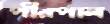
পীরপাল